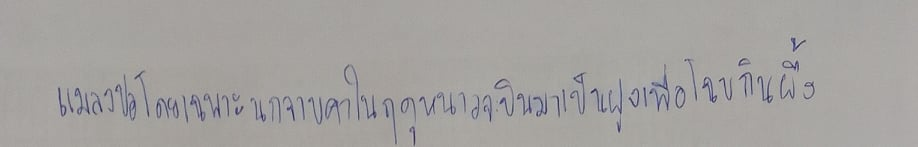
แมลงปอโดยเฉพาะนกจาบคาในฤดูหนาวจะบินมาเป็นฝูงเพื่อโฉบกินผึ้ง